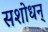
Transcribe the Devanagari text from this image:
सशोधन्